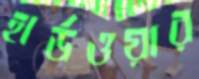
হার্ডওয়ার